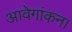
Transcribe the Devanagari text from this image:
आवेगांकन।